Vaimela_(Pragi)_vallavalitsus, lk 52
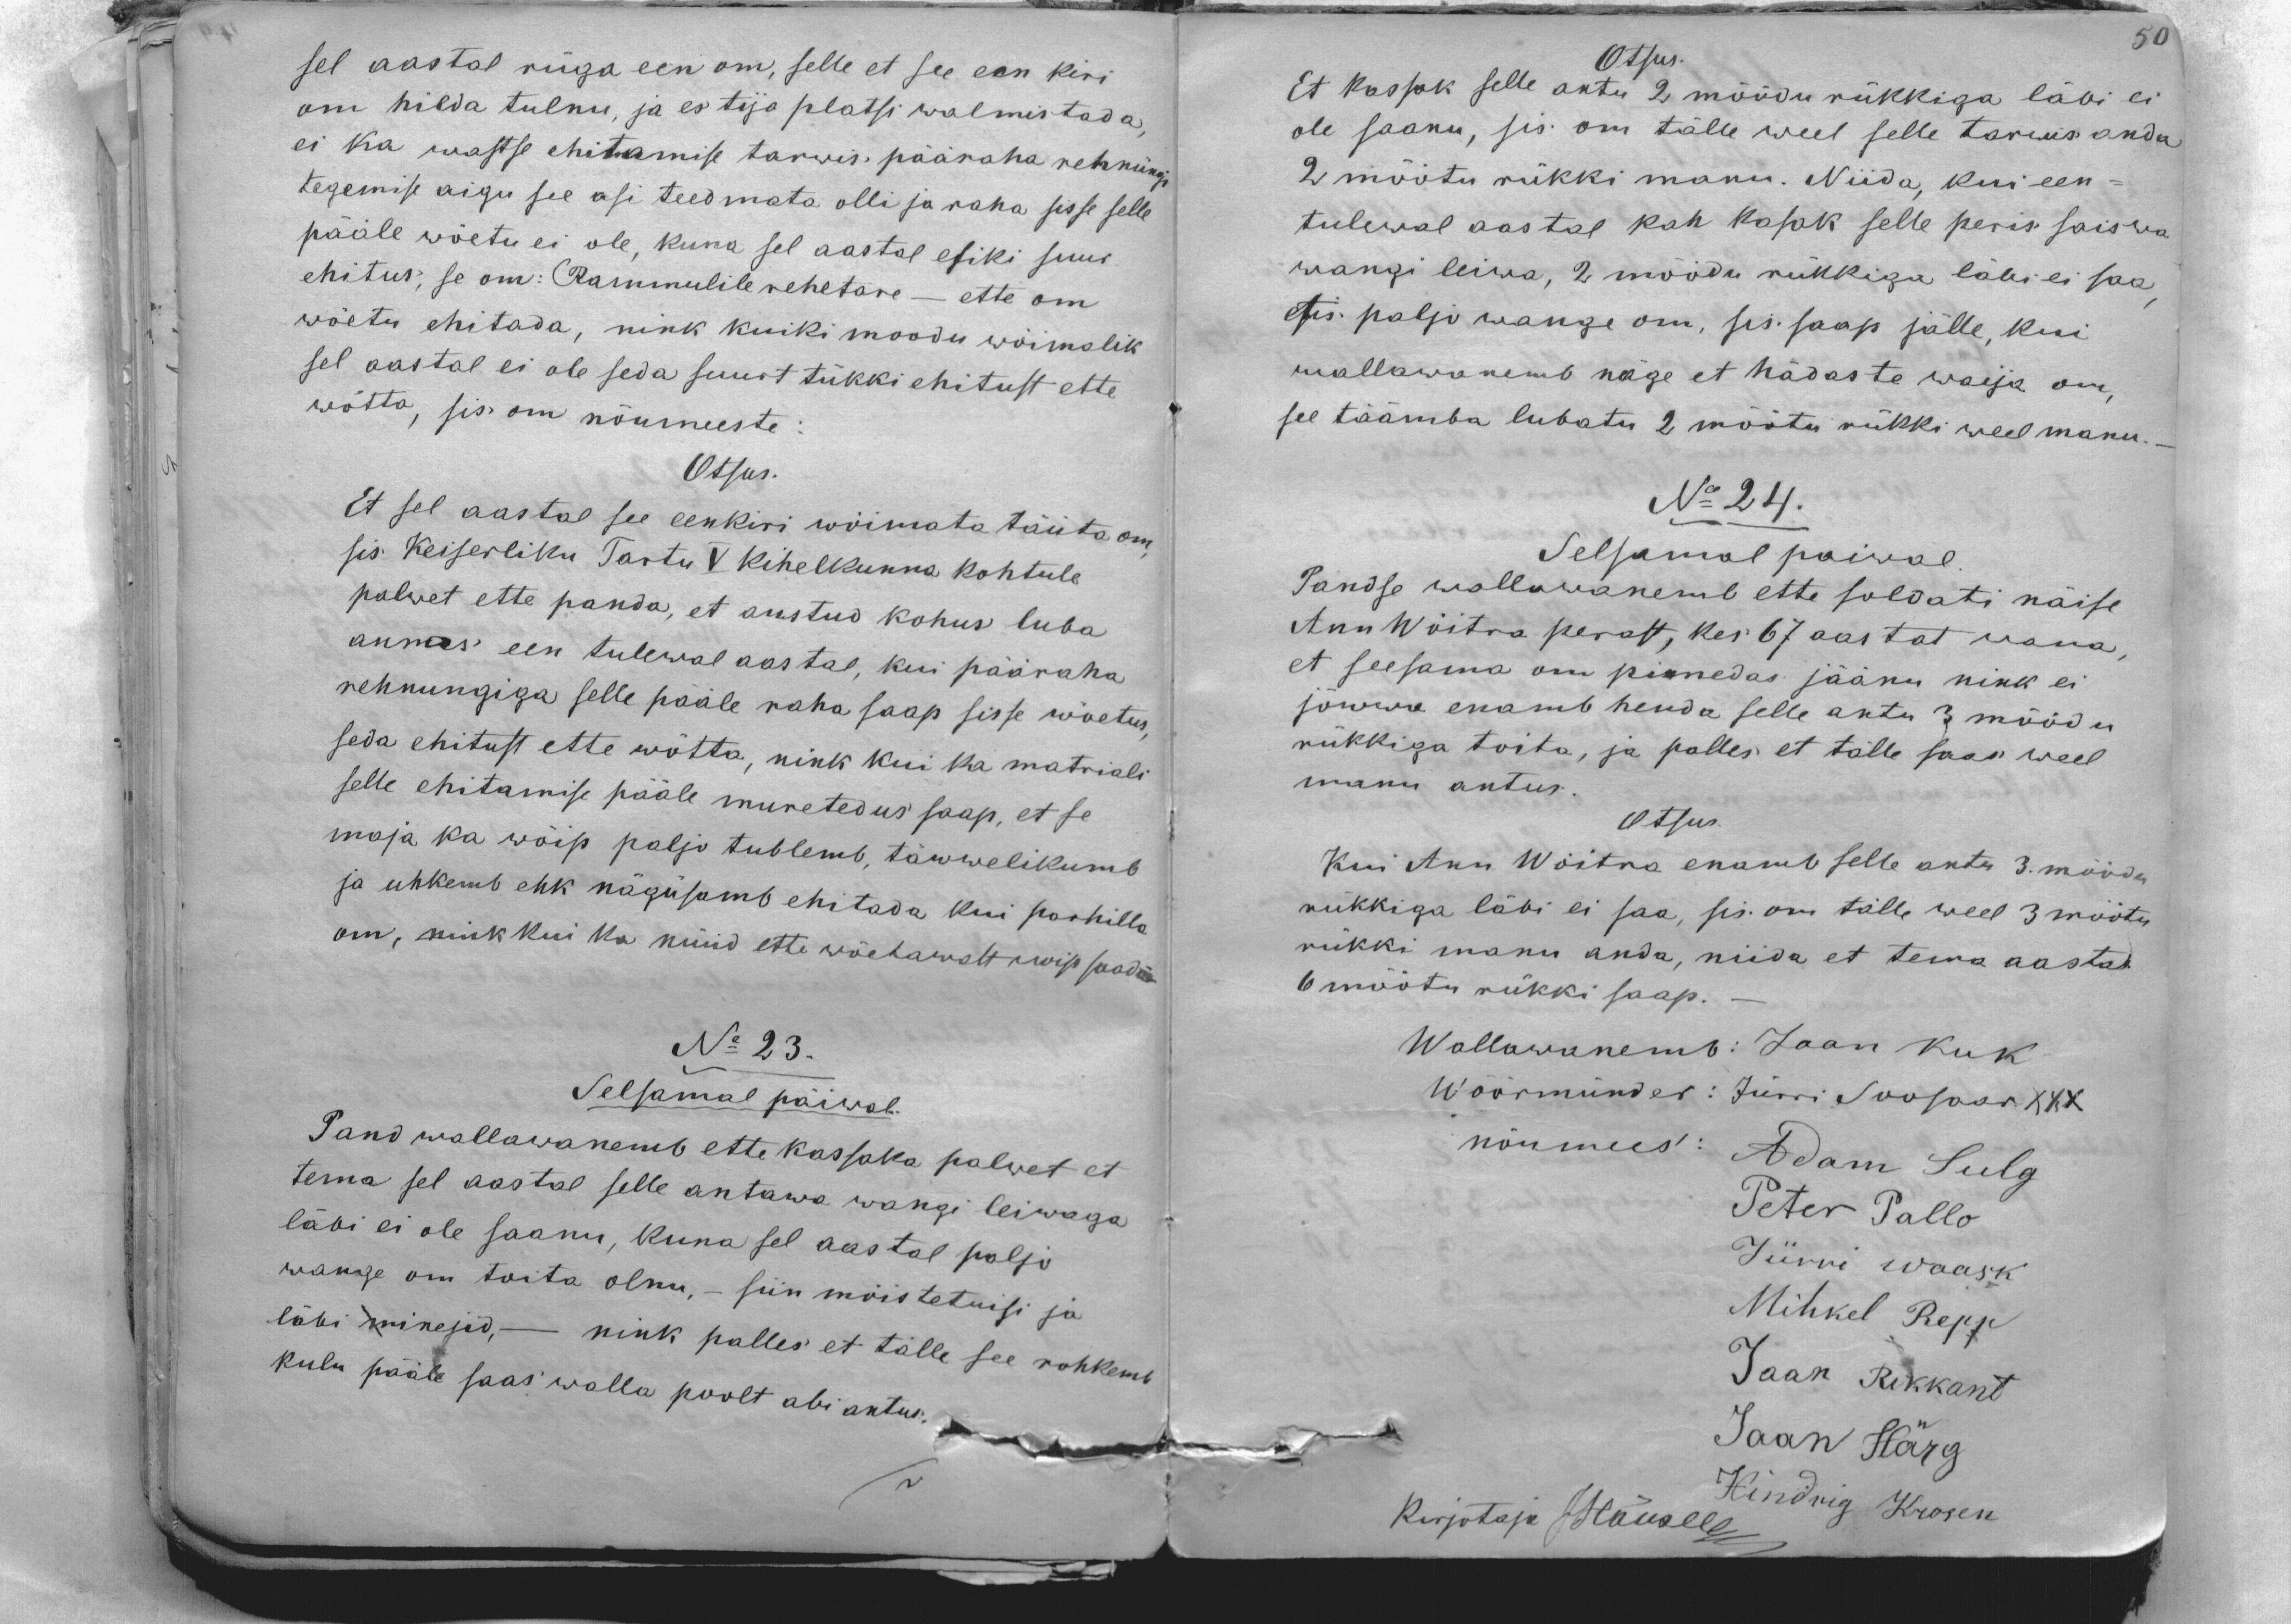
sel aastal riiga een om, selle et see een kiri
om hilda tulnu, ja es tija platsi walmistada
ei ka wastse ehitamise tarwis pääraha rehnungi
tegemise aigu see asi teedmata olli ja raha sisse selle
pääle wõetu ei ole, kuna sel aastal esiki suur
ehitus, se om: Rammulile rehetare - ette om
wõetu ehitada, nink kuiki moodu wõimalik
sel aastal ei ole seda suurt tükki ehitust ette
wõtta, sis om nõumeeste:
Otsus.
Et sel aastal see eenkiri wõimata täuta om,
sis Keiserliku Tartu V Kihelkonna kohtule
palwet ette panda, et austud kohus luba
annas een tulewal aastal, kui pääraha
rehnungiga selle pääle raha saap sisse wõetus,
seda ehitust ette wõtta, nink kui ka matriali
selle ehitamise pääle muretedus saap, et se
maja ka wõip paljo tublemb, täwwelikumb
ja uhkemb ehk nägusamb ehitada kui poohillo
om, nink kui ka nüüd ette wõetawalt wip saada
No 23.
Selsamal päiwal.
Pand wallawanemb ette kassaka palwet et
tema sel aastal selle antawa wangi leiwaga
läbi ei ole saanu, kuna sel aastal paljo
wange om toita olnu, - siin mõistetuisi ja
läbi minejid, - nink palles et talle see rohkemb
kulu pääle saas walla poolt abi antus.

Otsus.
Et Kassak selle antu 2 mõõdu rükkiga läbi ei
ole saanu, sis om tälle weel selle tarwis anda
2 mõõtu rükki manu. Niida, kui een-
tulewal aastal kah kasak selle peris saiswa
wangi leiwa, 2 möödu rükkiga läbi ei saa
etis palju wange om, sis saap jälle, kui
wallawanemb näge et hädaste waija om,
see täämba lubatu 2 mõõtu rükki weel manu.-
No 24.
Selsamal päeval.
Pandse wallawanemb ette soldati näise
Ann Wõitra perast, kes 67 aastat wana,
et seesama on pimedaks jäänu nink ei
jõwwa enamb henda selle antu 3 mõõdu
rükkiga toita, ja palles et talle saas weel
manu antus.
Otsus.
Kui Ann Wõitra enam selle antu 3. mõõdu
rukkiga läbi ei saa, sis om talle weel 3 mõõtu
rukki manu anda, niida et tema aastas
6 mõõtu rükki saap.
Wallawanemb: Jaan Kuk
Wöörmünder: Jürri Soosaar XXX
nõumees: Adam Sulg
Peter Pallo
Jürri Waask
Mihkel Repp
Jaan Rikkant
Jaan Härg
Hindrig Krosen
Kirjotaja Häüselt